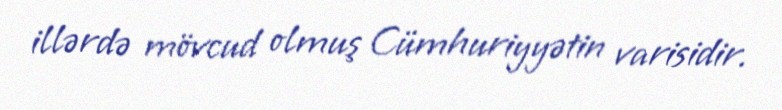
illərdə mövcud olmuş Cümhuriyyətin varisidir.